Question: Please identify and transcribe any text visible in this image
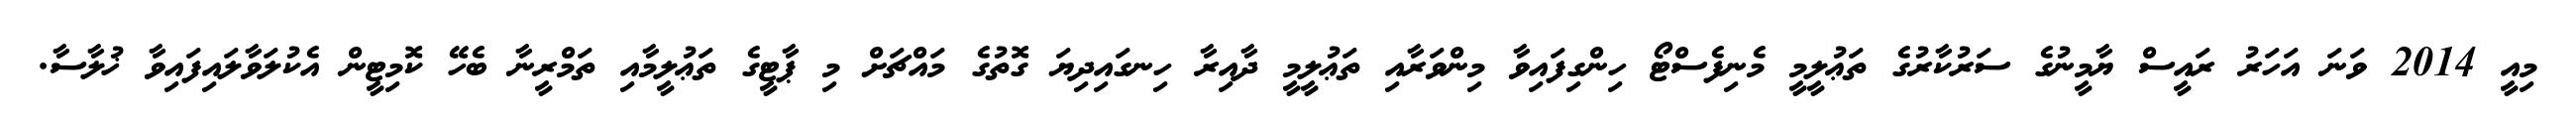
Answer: މިއީ 2014 ވަނަ އަހަރު ރައީސް ޔާމީނުގެ ސަރުކާރުގެ ތަޢުލީމީ މެނިފެސްޓޯ ހިންގިފައިވާ މިންވަރާއި ތަޢުލީމީ ދާއިރާ ހިނގައިދިޔަ ގޮތުގެ މައްޗަށް މި ޕާޓީގެ ތަޢުލީމާއި ތަމްރީނާ ބެހޭ ކޮމިޓީން އެކުލަވާލައިފައިވާ ޚުލާސާ.